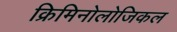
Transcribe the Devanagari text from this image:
क्रिमिनोलोजिकल